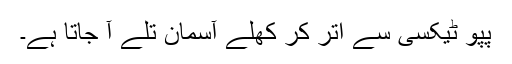
پپو ٹیکسی سے اُتر کر کھلے آسمان تلے آ جاتا ہے۔